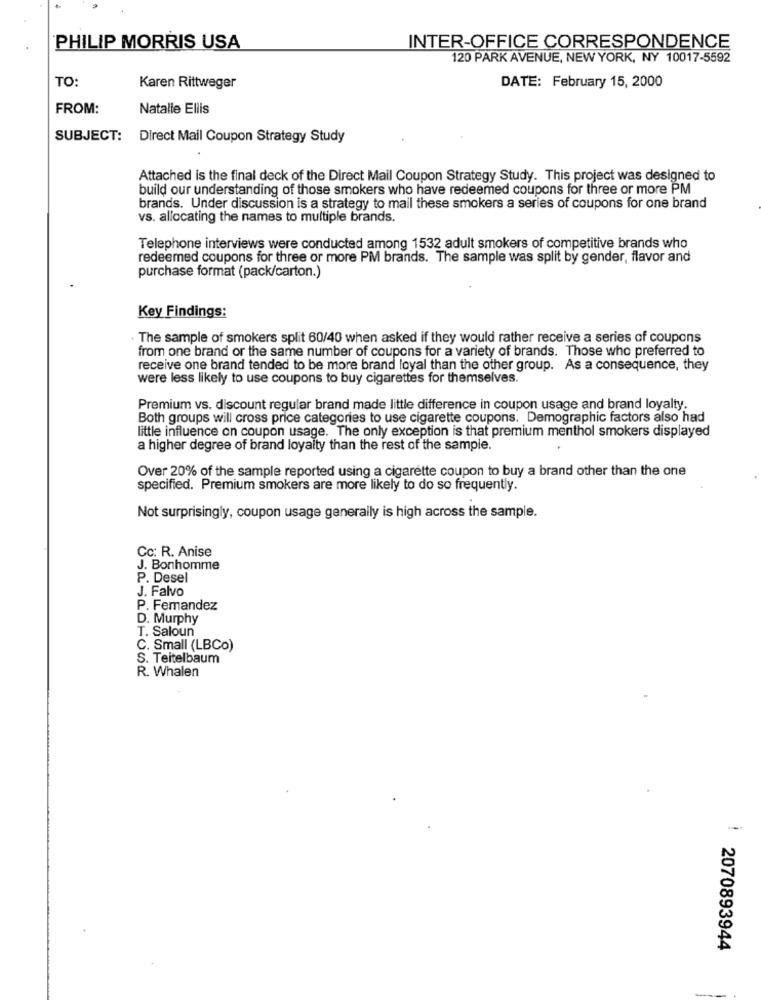
PHILIP MORRIS USA
INTER-OFFICE CORRESPONDENCE
120 PARK AVENUE, NEW YORK, NY 10017-5592
TO:
Karen Rittweger
DATE: February 15, 2000
FROM:
Natalie Ellis
SUBJECT: Direct Mail Coupon Strategy Study
Attached is the final deck of the Direct Mail Coupon Strategy Study. This project was designed to
build our understanding of those smokers who have redeemed coupons for three or more PM
brands. Under discussion is a strategy to mail these smokers a series of coupons for one brand
vs. allocating the names to multiple brands.
Telephone interviews were conducted among 1532 adult smokers of competitive brands who
redeemed coupons for three or more PM brands. The sample was split by gender, flavor and
purchase format (pack/carton.)
Key Findings:
. The sample of smokers split 60/40 when asked if they would rather receive a series of coupons
from one brand or the same number of coupons for a variety of brands. Those who preferred to
receive one brand tended to be more brand loyal than the other group. As a consequence, they
were less likely to use coupons to buy cigarettes for themselves.
Premium vs. discount regular brand made little difference in coupon usage and brand loyalty.
Both groups will cross price categories to use cigarette coupons. Demographic factors also had
little influence on coupon usage. The only exception is that premium menthol smokers displayed
a higher degree of brand loyalty than the rest of the sample.
Over 20% of the sample reported using a cigarette coupon to buy a brand other than the one
specified. Premium smokers are more likely to do so frequently.
Not surprisingly, coupon usage generally is high across the sample.
Cc: R. Anise
J. Bonhomme
P. Desel
J. Falvo
P. Femandez
D. Murphy
T. Saloun
C. Small (LBCo)
S. Teitelbaum
R. Whalen
2070893944